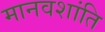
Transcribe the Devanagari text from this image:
मानवशांति